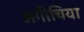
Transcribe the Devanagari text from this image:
अंगीचिया